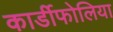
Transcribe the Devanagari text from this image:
कार्डीफोलिया